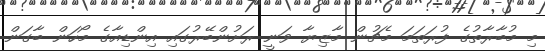
މި މުބާރާތުގެ ފުރަތަމަ މެޗުން މާޒިޔާ ވަނީ ރަށުންބޭރުގައި އިންޑިއާގެ މޯހަން ބާގަން